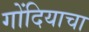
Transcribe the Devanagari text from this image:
गोंदियाचा